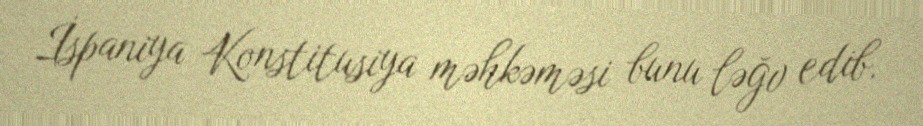
İspaniya Konstitusiya məhkəməsi bunu ləğv edib.